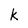
Character: k